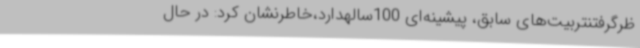
ظرگرفتنتربیت‌های سابق، پیشینه‌ای 100سالهدارد،خاطرنشان کرد: در حال